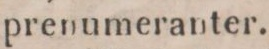
prenumeranter.